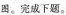
图。完成下题。